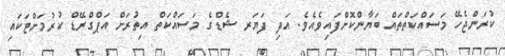
ކުރަންޖެހޭ މަސައްކަތްތައް ބަޔާންކޮށްފައިވެއެވެ. އަދި ފަޔަރ ޝެޑްގެ މަސައްކަތް އިތުރަށް އަޕްގްރޭޑް ކުރުމަށްޓަކައި